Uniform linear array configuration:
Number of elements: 24
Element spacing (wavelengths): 0.75
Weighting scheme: blackman
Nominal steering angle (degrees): -45
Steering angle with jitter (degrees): -46.725
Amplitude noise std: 0.05
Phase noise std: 0.05

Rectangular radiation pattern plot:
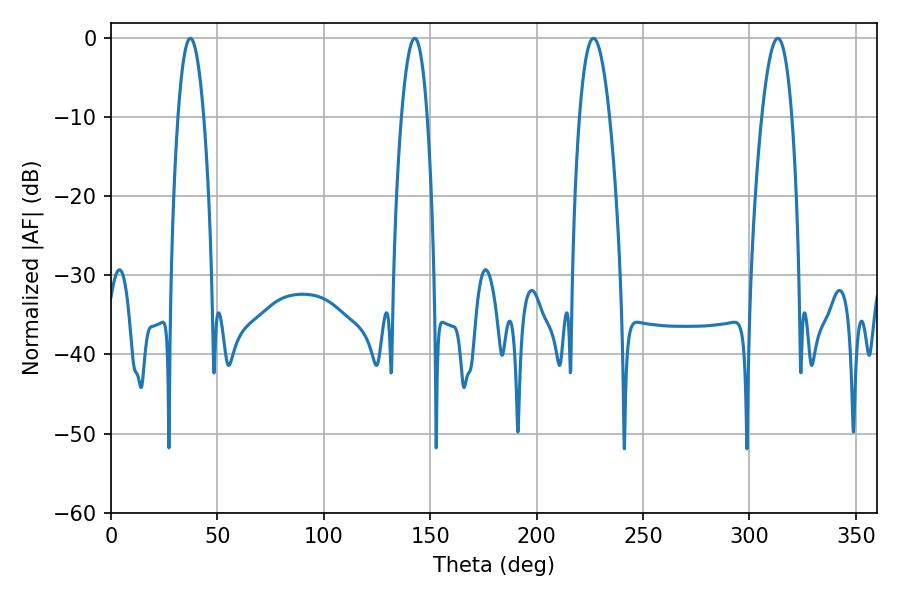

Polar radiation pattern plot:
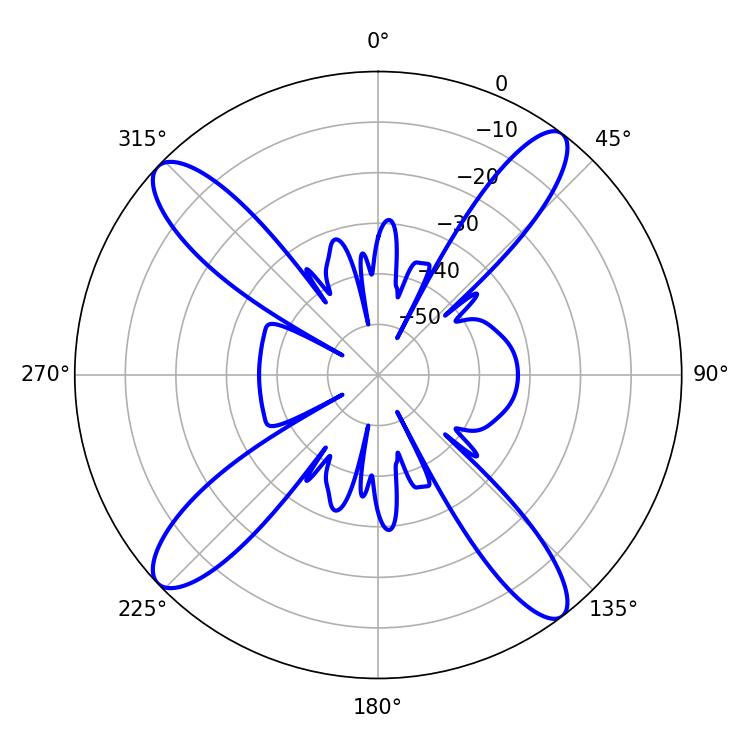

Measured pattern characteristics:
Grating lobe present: TRUE
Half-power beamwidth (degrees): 6.66
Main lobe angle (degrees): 37.26